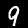
Digit: 9